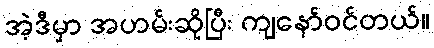
အဲ့ဒီမှာ အဟမ်းဆိုပြီး ကျနော်ဝင်တယ်။